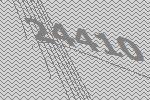
24410